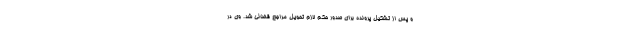
و پس از تشکیل پرونده برای صدور حکم لازم تحویل مراجع قضائی شد. وی در